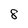
Character: 8